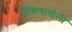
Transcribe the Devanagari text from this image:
मॅकियाव्हेली